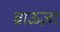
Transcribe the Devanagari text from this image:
ब्राऊज़र